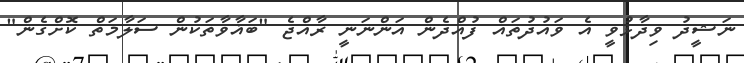
ނަޝީދު ވިދާޅުވީ އެ ވައުދުތައް ފުއްދެން އަންނަނީ ރާއްޖެ "ބަޣާވާތަކުން ސަލާމަތް ކޮށްގެން"